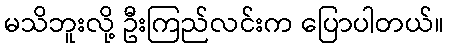
မသိဘူးလို့ ဦးကြည်လင်းက ပြောပါတယ်။